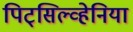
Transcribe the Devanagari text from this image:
पिट्‌सिल्व्हेनिया